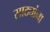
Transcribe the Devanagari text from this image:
साठ्यांना